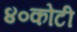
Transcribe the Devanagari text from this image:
४०कोटी